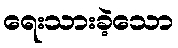
ရေးသားခဲ့သော